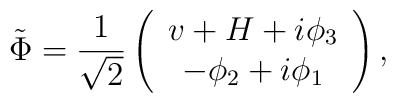
\tilde{\Phi}=\frac{1}{\sqrt{2}}\left( \begin{array}{c}v+H+i\phi _{3} \\ -\phi _{2}+i\phi _{1}\end{array}\right) ,